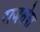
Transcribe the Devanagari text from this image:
राजसेवा